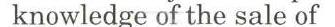
knowledgfe of the sale of